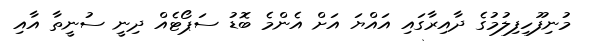
މުނިފޫހިފިލުމުގެ ދާއިރާގައި އައްޔަ އަށް އެންމެ ބޮޑު ސަޕޯޓެއް ދިނީ ސުނީތާ އާއި